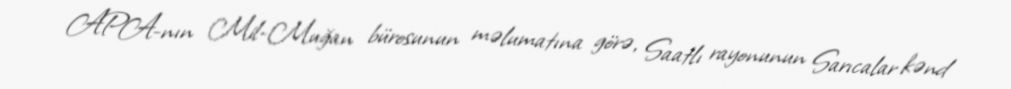
APA-nın Mil-Muğan bürosunun məlumatına görə, Saatlı rayonunun Sarıcalar kənd